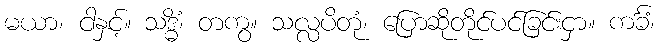
မယာ၊ ငါနှင့်။ သဒ္ဓိံ၊ တကွ။ သလ္လပိတုံ၊ ပြောဆိုတိုင်ပင်ခြင်းငှာ။ ကင်္ခံ၊